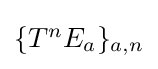
{\textstyle \{T^{n}E_{a}\}_{a,n}}